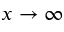
x \to \infty